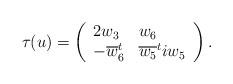
LaTeX: \begin{align*}\tau(u)=\left(\begin{array}{lll}2w_3 & w_6\\-\overline w_6^t & \overline{w_5}^tiw_5\end{array}\right).\end{align*}